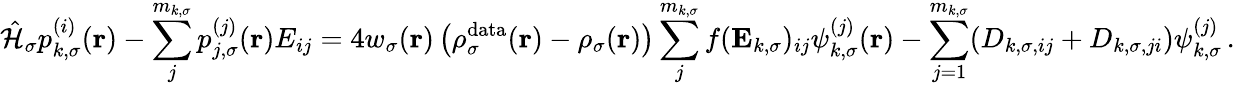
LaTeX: \hat{\mathcal{{H}}}_{\sigma}p_{k,\sigma}^{(i)}(\boldsymbol{\textbf{r}})-\sum_{j}^{m_{k,\sigma}}p_{j,\sigma}^{(j)}(\boldsymbol{\textbf{r}})E_{ij}=4w_{\sigma}(\boldsymbol{\textbf{r}})\left(\rho_{\sigma}^{\mathrm{data}}(\boldsymbol{\textbf{r}})-\rho_{\sigma}(\boldsymbol{\textbf{r}})\right)\sum_{j}^{m_{k,\sigma}}f(\mathbf{E}_{k,\sigma})_{ij}\psi_{k,\sigma}^{(j)}(\boldsymbol{\textbf{r}})-\sum_{j=1}^{m_{k,\sigma}}(D_{k,\sigma,ij}+D_{k,\sigma,ji})\psi_{k,\sigma}^{(j)}\, .